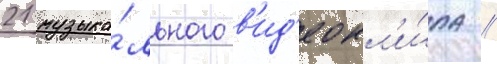
21 музыка́льного в'ид'еокл'и́па //